Report of an investigation into the causes of malaria in Bombay and the measures necessary for its control
Disease focus: Malaria
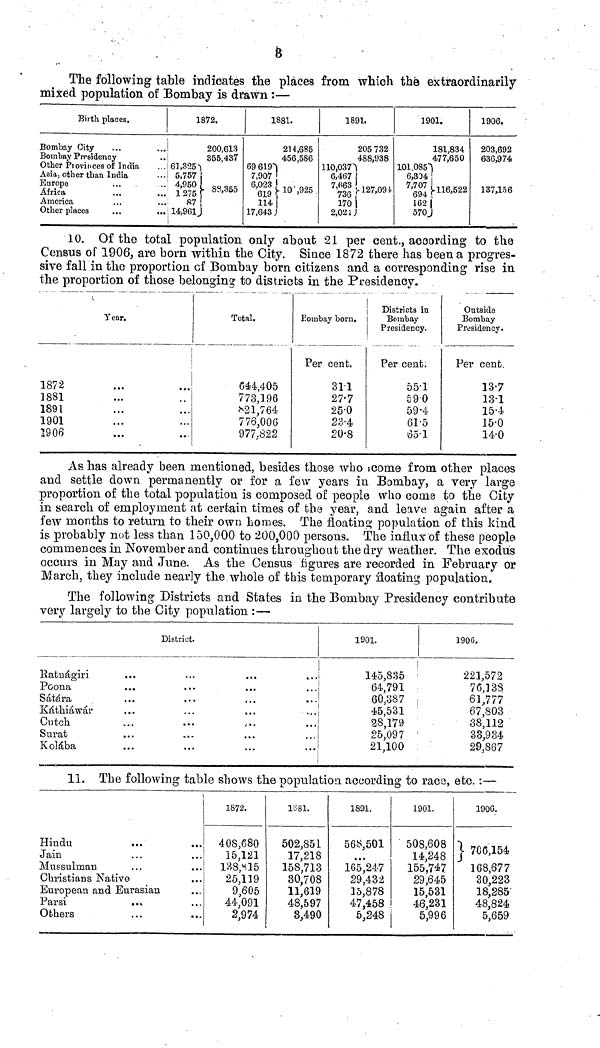
The following table indicates the places from which the extraordinarily
mixed population of Bombay is drawn :—
Birth places.
Bombay City
Bombay Presidency
Other Provinces of India
Asia, other than India
Europe
Africa
America
Other places
...
...
1872.
i
61,3251
5,757
4,950
1275
S7
114,961,,
200,613
355,437
- S?,355
1881.
69 619"|
7,907
6,023 .
619 '
114
17,643 J
214,6«5
456,586
• 10',925
1891.
110,037-
6,467
7,063
736
170
2,021
205 732
488,938
j-127,09 i
I
1901.
101.0856
,334
7,707
694
162 |
570J
181,834
477,650
-116,522
1906.
203,692
636,974
137,156
10. Of the total population only about 21 per cent., acoording to the
Census of 1906, are born within the City. Since 1872 there has been a progres-
sive fall in the proportion of Bombay born citizens and a corresponding rise in
the proportion of those belonging to districts in the Presidency.
Year.
1872
1881
1891
1901
1906
Total.
644,405
773,196
*21,764
776,000
977,822
Bombay born.
Per cent.
311
27-7
25-0
23-4
20-8
Districts in
Bombay
Presidency.
Per cent.
55-1
590
59-4
61-5
65-1
Outside
Bombay
Presidency.
Per cent.
137
131
15-4
15-0
14-0
As has already been mentioned, besides those who icome from other places
and settle down permanently or for a few years in Bombay, a very large
proportion of the total population is composed of people who come to the City
in search of employment at certain times of the year, and leave again after a
few months to return to their own homes. The floating population of this kind
is probably not less than 150,000 to 200,000 persons. The influx of these people
commences in November and continues throughout the dry weather. The exodus
occurs in May and June. As the Census figures are recorded in February or
March, they include nearly the whole of fchis temporary floating population.
The following Districts and States in the Bombay Presidency contribute
very largely to the City population :—
District.
Eatuágiri
Poona
Sátára
Kátliiáwár
Cutch.
Surat
Kolába
1901.
145,835
64,791
60.387
45,531
28,179
25,097
21,100
1906»
221,572
76,13S
61,777
67,803
38,112
38,9 S4
29.867
11. The following table shows the population according to raco, etc. :—
Hindu
Jain
Mussulman
Christians Native
European and Eurasian
Parsi
....
Others
1872.
40S,680
15,121
138,815
25,119
9,605
44,091
2,974
IS 81.
502,851
17,218
158,713
30,708
11,619
48,597
8,490
1801.
568,501
...
165^247
29,432
15,878
47,458
5,248
1901.
508,608
14,248
155,747
29,645
15,531
46,231
5,996
1906.
j 706,154
168,677
30,223
18,285
48,824
5,659